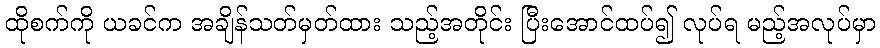
ထိုစက်ကို ယခင်က အချိန်သတ်မှတ်ထား သည့်အတိုင်း ပြီးအောင်ထပ်၍ လုပ်ရ မည့်အလုပ်မှာ